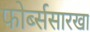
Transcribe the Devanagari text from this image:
फोर्ब्ससारखा